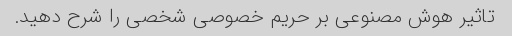
تاثیر هوش مصنوعی بر حریم خصوصی شخصی را شرح دهید.